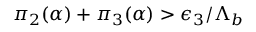
{ \pi } _ { 2 } ( \alpha ) + { \pi } _ { 3 } ( \alpha ) > { \epsilon } _ { 3 } / { \Lambda } _ { b }